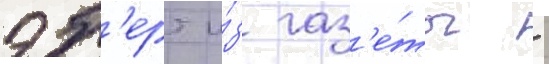
эб'ерт и́з газ'е́ты -